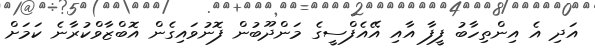
އަދި އެ އިންތިހާބު ފީފާ އާއި އޭއެފްސީގެ މަންދޫބުން ފޮނުވައިގެން އޮބްޒާވްކުރާނެ ކަމަށް